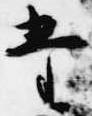
堂